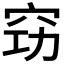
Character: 𥥙